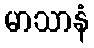
မာသာနံ